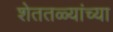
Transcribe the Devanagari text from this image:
शेततळ्यांच्या